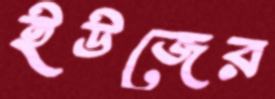
ইউজের